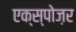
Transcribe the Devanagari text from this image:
एक्स्पोज़र